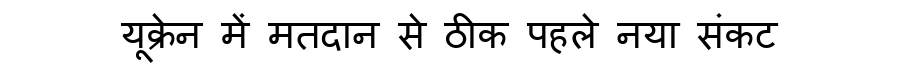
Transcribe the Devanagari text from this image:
यूक्रेन में मतदान से ठीक पहले नया संकट